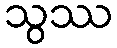
သွဿ